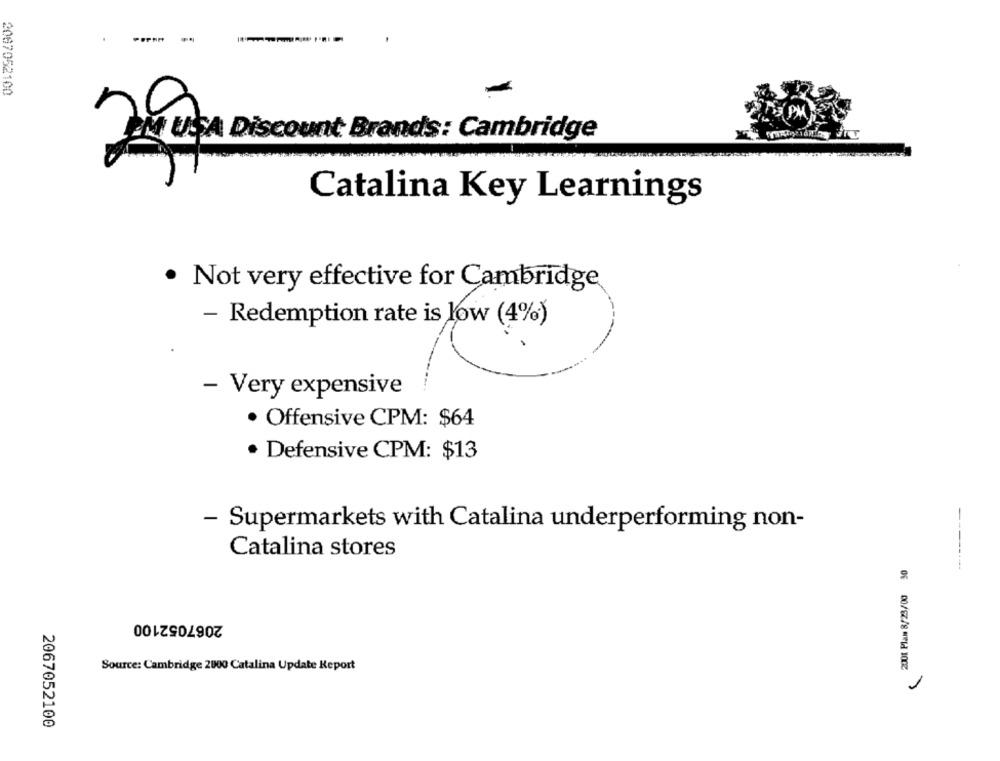
------
2067052100
-
EM USA Discount Brands: Cambridge
Catalina Key Learnings
· Not very effective for Cambridge
- Redemption rate is low (4%)
---.
- Very expensive
· Offensive CPM: $64
. Defensive CPM: $13
- Supermarkets with Catalina underperforming non-
Catalina stores
2001 Plam 8/23/00 30
--------
2067052100
Source: Cambridge 2000 Catalina Update Report
1
2067052100